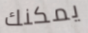
يمكنك